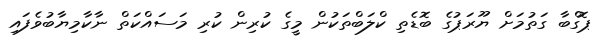
ޕޮގްބާ ގަތުމަށް ޔޫރަޕުގެ ބޮޑެތި ކްލަބްތަކުން މީގެ ކުރިން ކުރި މަސައްކަތް ނާކާމިޔާބުވެފައި